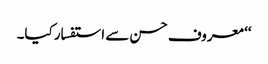
‘‘ معروف حسن سے استفسار کیا۔